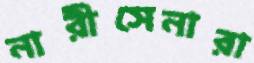
নারীসেনারা